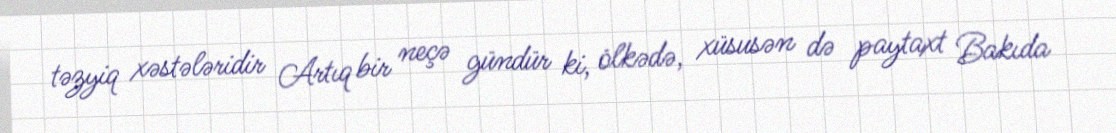
təzyiq xəstələridir Artıq bir neçə gündür ki, ölkədə, xüsusən də paytaxt Bakıda